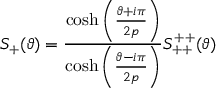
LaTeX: S _ { + } ( \vartheta ) = \frac { \cosh \left( \frac { \vartheta + i \pi } { 2 p } \right) } { \cosh \left( \frac { \vartheta - i \pi } { 2 p } \right) } S _ { + + } ^ { + + } ( \vartheta )